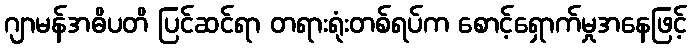
ဂျာမန်အဓိပတိ ပြင်ဆင်ရာ တရားရုံးတစ်ရပ်က စောင့်ရှောက်မှုအနေဖြင့်